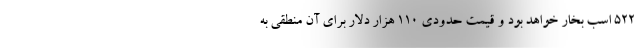
522 اسب بخار خواهد بود و قیمت حدودی 110 هزار دلار برای آن منطقی به